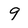
Character: 9